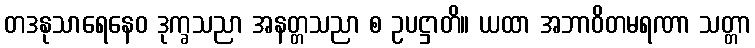
တဒနုသာရေနေဝ ဒုက္ခသညာ အနတ္တသညာ စ ဥပဋ္ဌာတိ။ ယထာ အဘာဝိတမရဏာ သတ္တာ